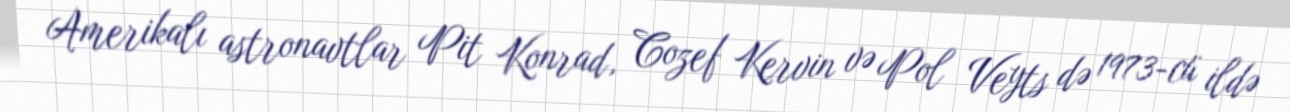
Amerikalı astronavtlar Pit Konrad, Cozef Kervin və Pol Veyts də 1973-cü ildə